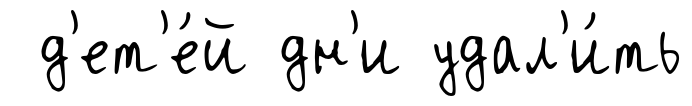
д'ет'е́й дн'и удал'и́ть